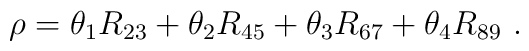
\rho = \theta_1 R_{23} + \theta_2 R_{45} + \theta_3 R_{67} +  \theta_4 R_{89}~.